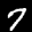
Label: 7